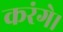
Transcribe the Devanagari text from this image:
करंगे।